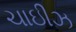
ચાઇીઝ